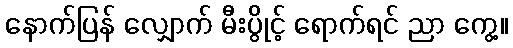
နောက်ပြန် လျှောက် မီးပွိုင့် ရောက်ရင် ညာ ကွေ့။